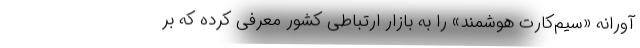
آورانه «سیم‌کارت هوشمند» را به بازار ارتباطی کشور معرفی کرده که بر